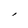
Character: l